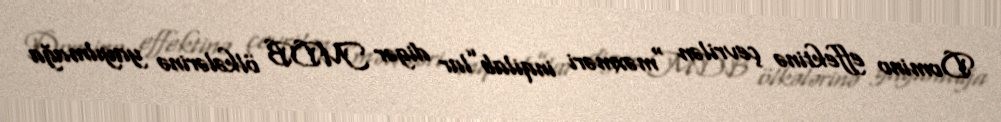
Domino effektinə çevrilən “məxməri inqilab”lar digər MDB ölkələrinə yayılmağa